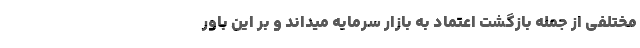
مختلفی از جمله بازگشت اعتماد به بازار سرمایه میداند و بر این باور